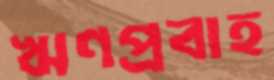
ঋণপ্রবাহ